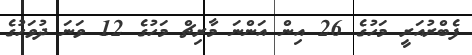
ފެބްރުއަރީ މަހުގެ 26 އިން އަންނަ މާރިޗް މަހުގެ 12 ވަނަ ދުވަހުގެ